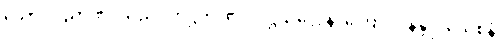
သော။ ဝိညာဏံ၊ သည်။ တိဋ္ဌတိ၊ ၏။ ဒိဋ္ဌိသလ္လေန၊ ကြောင့်။ နန္ဒူပသေစနံ၊